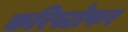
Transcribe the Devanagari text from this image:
करिस्टोफर